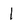
Character: 1